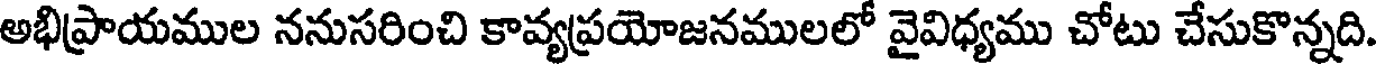
అభిప్రాయముల ననుసరించి కావ్యప్రయోజనములలో వైవిధ్యము చోటు చేసుకొన్నది.